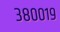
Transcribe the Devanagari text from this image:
३८००१९